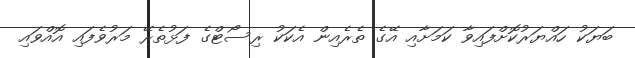
ބަޔަކު ހައްޔަރުކޮށްފައިވާ ކަމަށާއި އޭގެ ތެރެއިން އެކަކު ރިސޯޓްގެ ފަޅުތެރޭ މަރުވެފައި އޮއްވައި